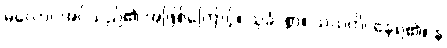
မလောင်အပ်သည်၏ အဖြစ်ကြောင့်။ သုခံ၊ စွာ။ သယတိ၊ နေရ၏။ န